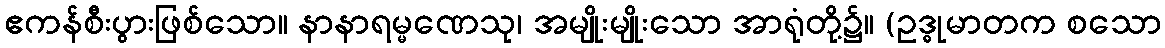
ဧကန်စီးပွားဖြစ်သော။ နာနာရမ္မဏေသု၊ အမျိုးမျိုးသော အာရုံတို့၌။ (ဥဒ္ဓုမာတက စသော